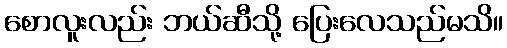
စောလူးလည်း ဘယ်ဆီသို့ ပြေးလေသည်မသိ။